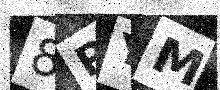
Text: 8PYM